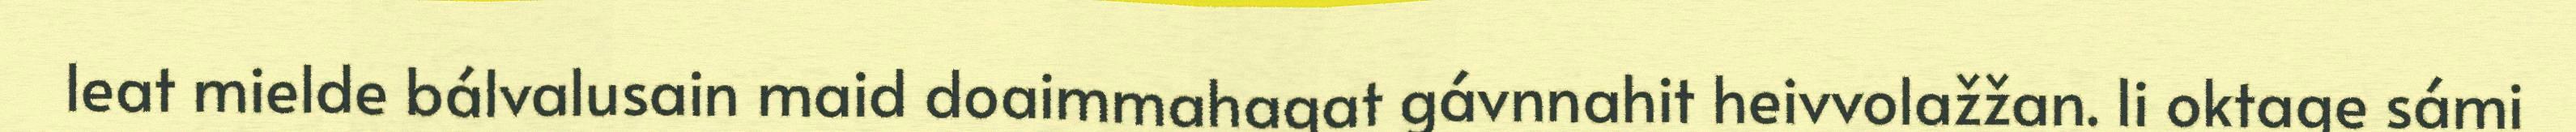
leat mielde bálvalusain maid doaimmahagat gávnnahit heivvolažžan. Ii oktage sámi